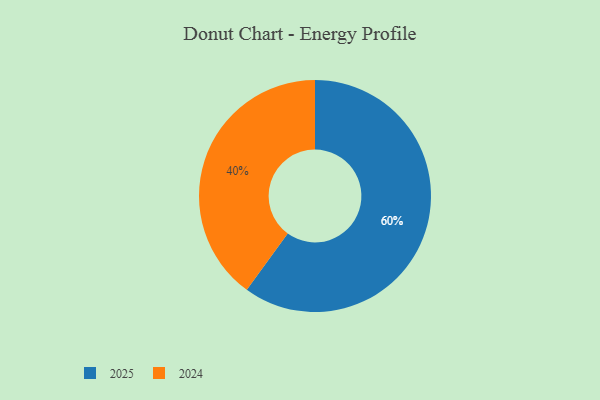
{"axis": {"x": "Category", "y": "Percentage"}, "legend": ["2024", "2025"], "data": [{"x": "2024", "y": 40, "type": "2024"}, {"x": "2025", "y": 60, "type": "2025"}]}